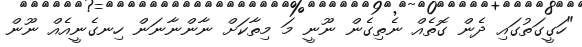
"ހަގީގަތުގައި ދެން ގޮތެއް ނެތިގެން ނޫނީ މަ މިތާކަށް ނާންނާނަން ހިނގެނީއެއް ނޫން